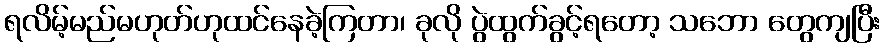
ရလိမ့်မည်မဟုတ်ဟုထင်နေခဲ့ကြတာ၊ ခုလို ပွဲထွက်ခွင့်ရတော့ သဘော တွေကျပြီး